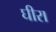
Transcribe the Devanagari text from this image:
घीरा